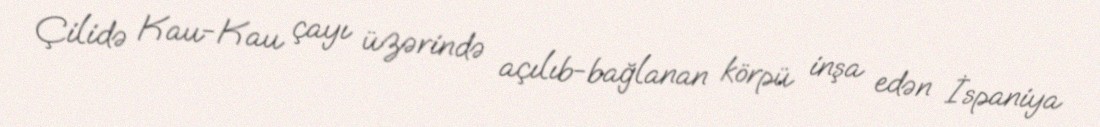
Çilidə Kau-Kau çayı üzərində açılıb-bağlanan körpü inşa edən İspaniya